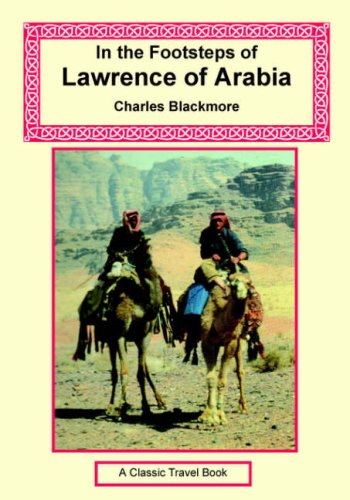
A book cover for In the Footsteps of Lawrence of Arabia; Charles Blackmore; Travel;